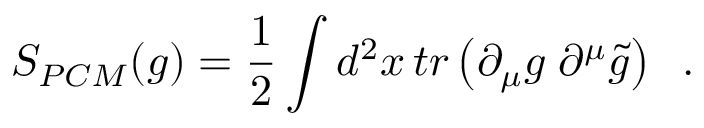
{ \cal S } _ { P C M } ( g ) = { \frac { 1 } { 2 } } \int d ^ { 2 } x \, t r \left( \partial _ { \mu } g \; \partial ^ { \mu } \tilde { g } \right) \; \; .